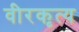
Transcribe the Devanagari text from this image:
वीरकृत्य